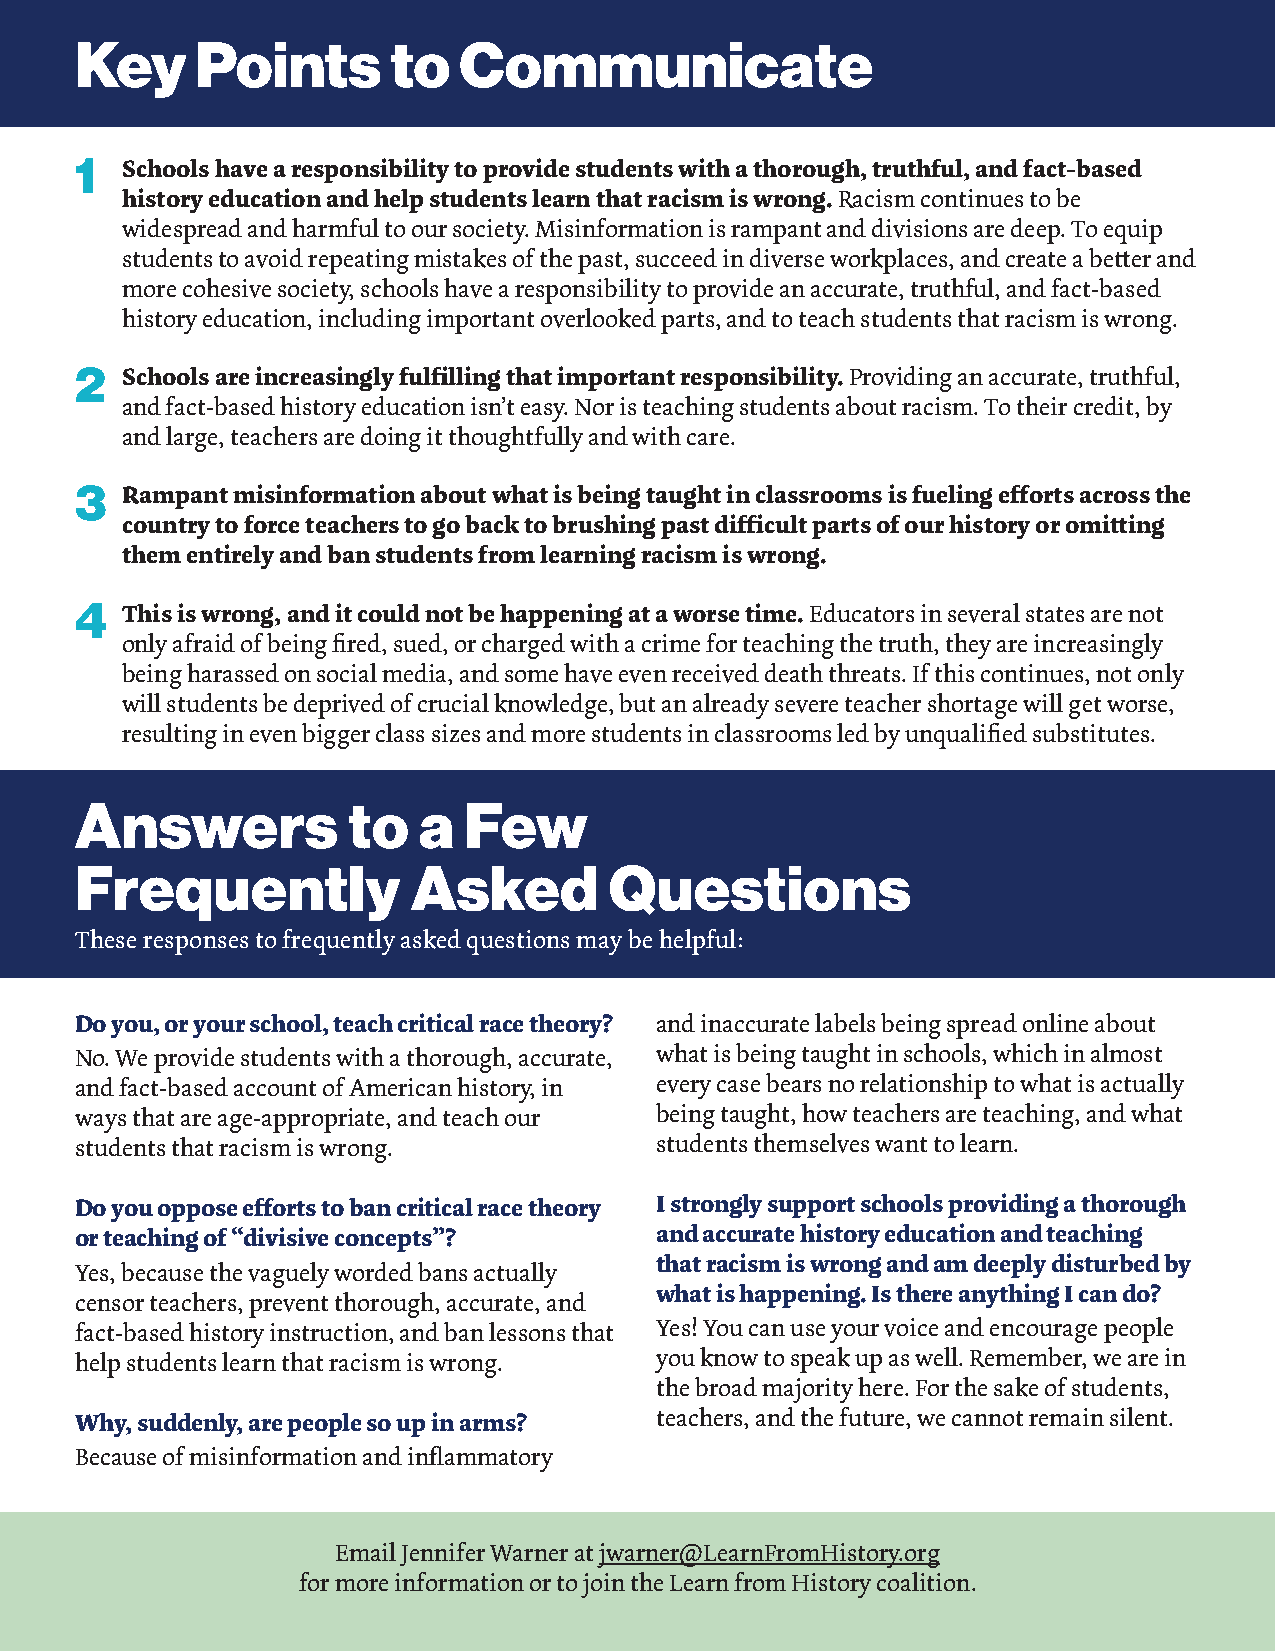
Key     Points       to  Communicate
 1  Schools have a responsibility to provide students with a thorough, truthful, and fact-based
 history education and help students learn that racism is wrong. Racism continues to be
 widespread and harmful to our society. Misinformation is rampant and divisions are deep. To equip
 students to avoid repeating mistakes of the past, succeed in diverse workplaces, and create a better and
 more cohesive society, schools have a responsibility to provide an accurate, truthful, and fact-based
 history education, including important overlooked parts, and to teach students that racism is wrong.
 2  Schools are increasingly fulfilling that important responsibility. Providing an accurate, truthful,
 and fact-based history education isn’t easy. Nor is teaching students about racism. To their credit, by
 and large, teachers are doing it thoughtfully and with care.
 3  Rampant misinformation about what is being taught in classrooms is fueling efforts across the
 country to force teachers to go back to brushing past difficult parts of our history or omitting
 them entirely and ban students from learning racism is wrong.
 4  This is wrong, and it could not be happening at a worse time. Educators in several states are not
 only afraid of being fired, sued, or charged with a crime for teaching the truth, they are increasingly
 being harassed on social media, and some have even received death threats. If this continues, not only
 will students be deprived of crucial knowledge, but an already severe teacher shortage will get worse,
 resulting in even bigger class sizes and more students in classrooms led by unqualified substitutes.
 Answers           to   a  Few
 Frequently            Asked        Questions
 These responses to frequently asked questions may be helpful:
 Do you, or your school, teach critical race theory? and inaccurate labels being spread online about
 No. We provide students with a thorough, accurate, what is being taught in schools, which in almost
 and fact-based account of American history, in every case bears no relationship to what is actually
 ways that are age-appropriate, and teach our being taught, how teachers are teaching, and what
 students that racism is wrong.        students themselves want to learn.
 Do you oppose efforts to ban critical race theory I strongly support schools providing a thorough
 or teaching of “divisive concepts”?   and accurate history education and teaching
 that racism is wrong and am deeply disturbed by
 Yes, because the vaguely worded bans actually
 what is happening. Is there anything I can do?
 censor teachers, prevent thorough, accurate, and
 fact-based history instruction, and ban lessons that Yes! You can use your voice and encourage people
 help students learn that racism is wrong. you know to speak up as well. Remember, we are in
 the broad majority here. For the sake of students,
 Why, suddenly, are people so up in arms? teachers, and the future, we cannot remain silent.
 Because of misinformation and inflammatory
 Email Jennifer Warner at jwarner@LearnFromHistory.org
 for more information or to join the Learn from History coalition.